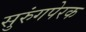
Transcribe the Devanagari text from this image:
सुरुंगपेरक